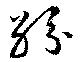
紛